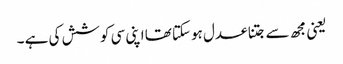
یعنی مجھ سے جتنا عدل ہوسکتا تھا اپنی سی کوشش کی ہے ۔